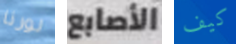
لورنا الأصابع كيف